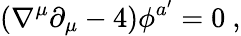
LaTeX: (\nabla^{\mu}\partial_{\mu}-4)\phi^{a^{\prime}}=0\ ,